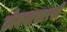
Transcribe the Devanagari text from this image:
डोक्यासारखी